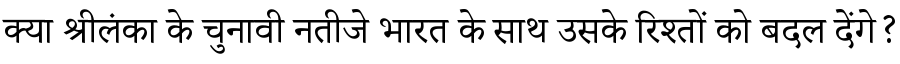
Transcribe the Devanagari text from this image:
क्या श्रीलंका के चुनावी नतीजे भारत के साथ उसके रिश्तों को बदल देंगे?